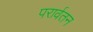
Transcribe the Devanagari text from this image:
परार्वतन